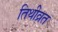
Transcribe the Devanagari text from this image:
तिथीव्रत